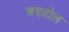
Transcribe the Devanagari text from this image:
बण्डोल